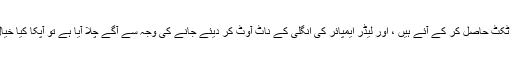
اب یہ مہرے جو بھاری فنڈز دیکر ٹکٹ حاصل کر کے آئے ہیں ، اور لیڈر ایمپائر کی انگلی کے ناٹ آوٹ کر دیئے جانے کی وجہ سے آگے چلا آیا ہے تو آپکا کیا خیال ہے کہ وہ کوئی تیر مار لے گا ؟